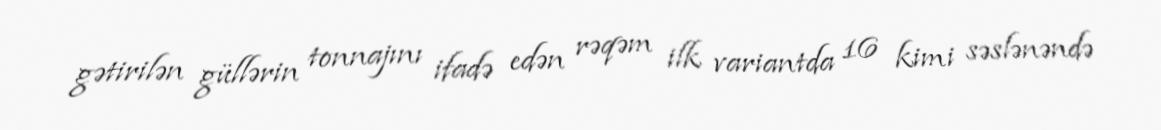
gətirilən güllərin tonnajını ifadə edən rəqəm ilk variantda 16 kimi səslənəndə